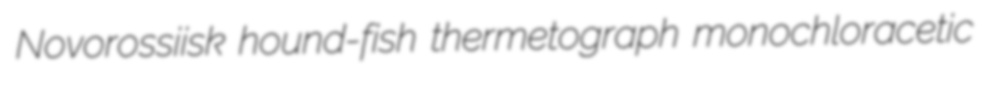
Novorossiisk hound-fish thermetograph monochloracetic